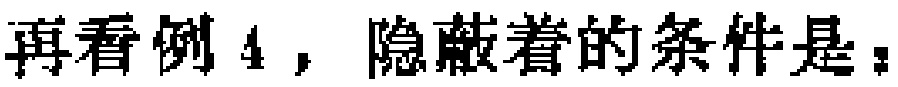
再看例 4，隐蔽着的条件是：